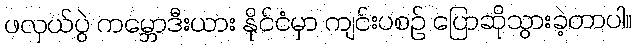
ဖလှယ်ပွဲ ကမ္ဘောဒီးယား နိုင်ငံမှာ ကျင်းပစဉ် ပြောဆိုသွားခဲ့တာပါ။